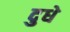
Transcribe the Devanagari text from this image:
दुधे